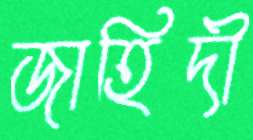
জাহিদী